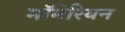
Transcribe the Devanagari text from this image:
मॉमेरियन